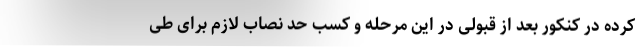
کرده در کنکور بعد از قبولی در این مرحله و کسب حد نصاب لازم برای طی